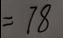
= 7 8